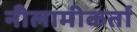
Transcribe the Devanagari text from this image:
नीलामीकर्ता